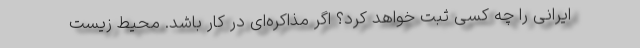
ایرانی را چه کسی ثبت خواهد کرد؟ اگر مذاکره‌ای در کار باشد. محیط زیست